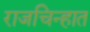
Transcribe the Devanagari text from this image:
राजचिन्हात